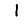
Digit: 1